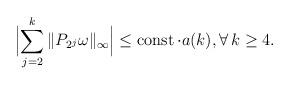
LaTeX: \begin{align*}\Bigl|\sum_{j=2}^{k} \| P_{2^j} \omega \|_{\infty} \Bigr| \le \operatorname{const} \cdot a(k), \forall\, k\ge 4.\end{align*}